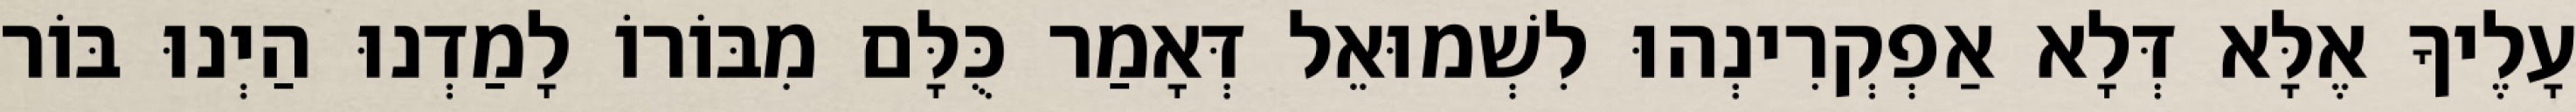
עָלֶיךָ אֶלָּא דְּלָא אַפְקְרִינְהוּ לִשְׁמוּאֵל דְּאָמַר כֻּלָּם מִבּוֹרוֹ לָמַדְנוּ הַיְנוּ בּוֹר